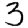
Digit: 3